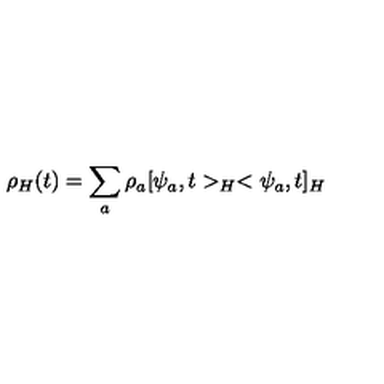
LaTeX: \rho _ { H } ( t ) = \sum _ { a } \rho _ { a } [ \psi _ { a } , t > _ { H } < \psi _ { a } , t ] _ { H }